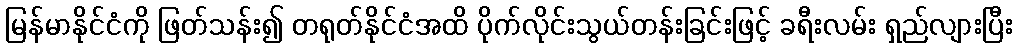
မြန်မာနိုင်ငံကို ဖြတ်သန်း၍ တရုတ်နိုင်ငံအထိ ပိုက်လိုင်းသွယ်တန်းခြင်းဖြင့် ခရီးလမ်း ရှည်လျားပြီး